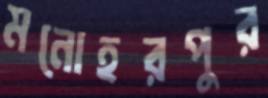
মনোহরপুর